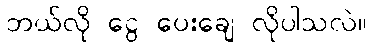
ဘယ်လို ငွေ ပေးချေ လိုပါသလဲ။